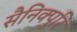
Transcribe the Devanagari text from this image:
सैनिक्पुरि